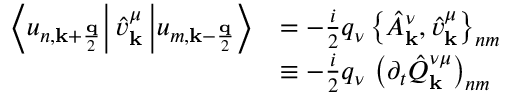
\begin{array} { r l } { \left\langle u _ { n , \mathbf { k } + \frac { \mathbf { q } } { 2 } } \right\vert \hat { v } _ { \mathbf { k } } ^ { \mu } \left\vert u _ { m , \mathbf { k } - \frac { \mathbf { q } } { 2 } } \right\rangle } & { = - \frac { i } { 2 } q _ { \nu } \left\{ \hat { A } _ { \mathbf { k } } ^ { \nu } , \hat { v } _ { \mathbf { k } } ^ { \mu } \right\} _ { n m } } \\ & { \equiv - \frac { i } { 2 } q _ { \nu } \, \left( \partial _ { t } \hat { Q } _ { \mathbf { k } } ^ { \nu \mu } \right) _ { n m } } \end{array}